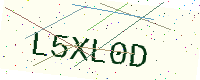
Text: L5XL0D